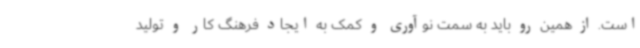
است. از همین رو باید به سمت نوآوری و کمک به ایجاد فرهنگ کار و تولید